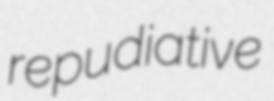
repudiative